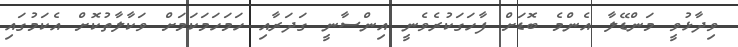
ވިދާޅުވީ މަންޑޭލާ އެންމެ ބޮޑަށް ފާހަގަކުރެވެނީ އިންސާނީ ގަދަރާއި ހަމަހަމަކަމަށް ވަކާލާތުކޮށް އެކަމުގައި